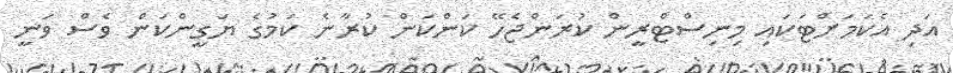
އަދި އެކަމަށްޓަކައި މިނިސްޓްރީން ކުރަންޖެހޭ ކަންކަން ކުރާނެ ކަމުގެ ޔަގީންކަން ވެސް ވަނީ